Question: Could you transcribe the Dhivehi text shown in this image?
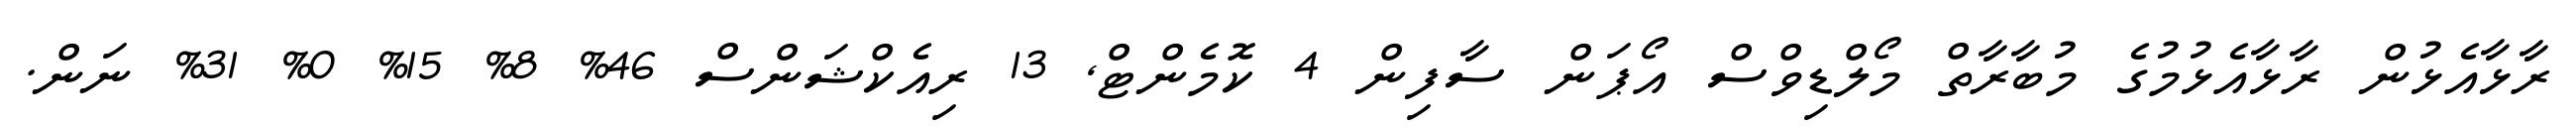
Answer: ރާޅާއެޅުން ރާޅާއެޅުމުގެ މުބާރާތް މޯލްޑިވްސް އޯޕަން ސާފިން 4 ކޮމެންޓް, 13 ރިއެކްޝަންސް 46% 8% 15% 0% 31% ނަން.